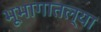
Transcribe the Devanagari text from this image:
भूभागातल्या